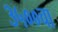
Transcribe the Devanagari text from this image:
३५००चा